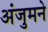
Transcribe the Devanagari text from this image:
अंजुमने